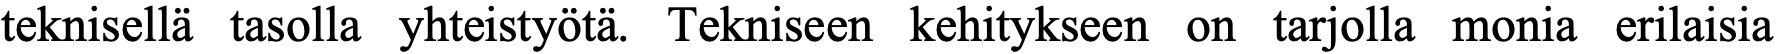
teknisellä tasolla yhteistyötä. Tekniseen kehitykseen on tarjolla monia erilaisia